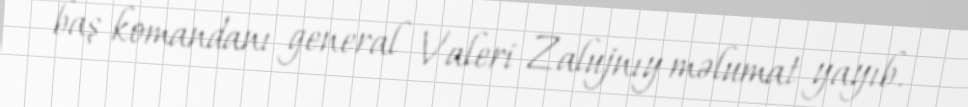
baş komandanı general Valeri Zalujnıy məlumat yayıb.